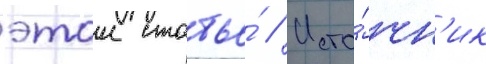
этои статье́ // Исто́чн'ик